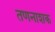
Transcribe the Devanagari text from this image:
तणनाशक